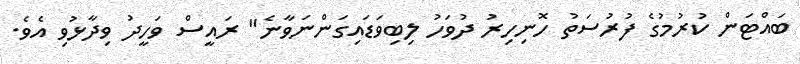
ބައްޓަން ކުރުމުގެ ފުރުސަތު ހޮނިހިރު ދުވަހު ލިބިވަޑައިގަންނަވާނެ" ރައީސް ވަހީދު ވިދާޅުވި އެވެ.